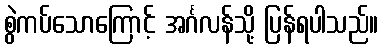
စွဲကပ်သောကြောင့် အင်္ဂလန်သို့ ပြန်ရပါသည်။